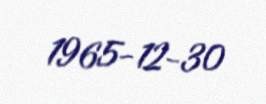
1965-12-30